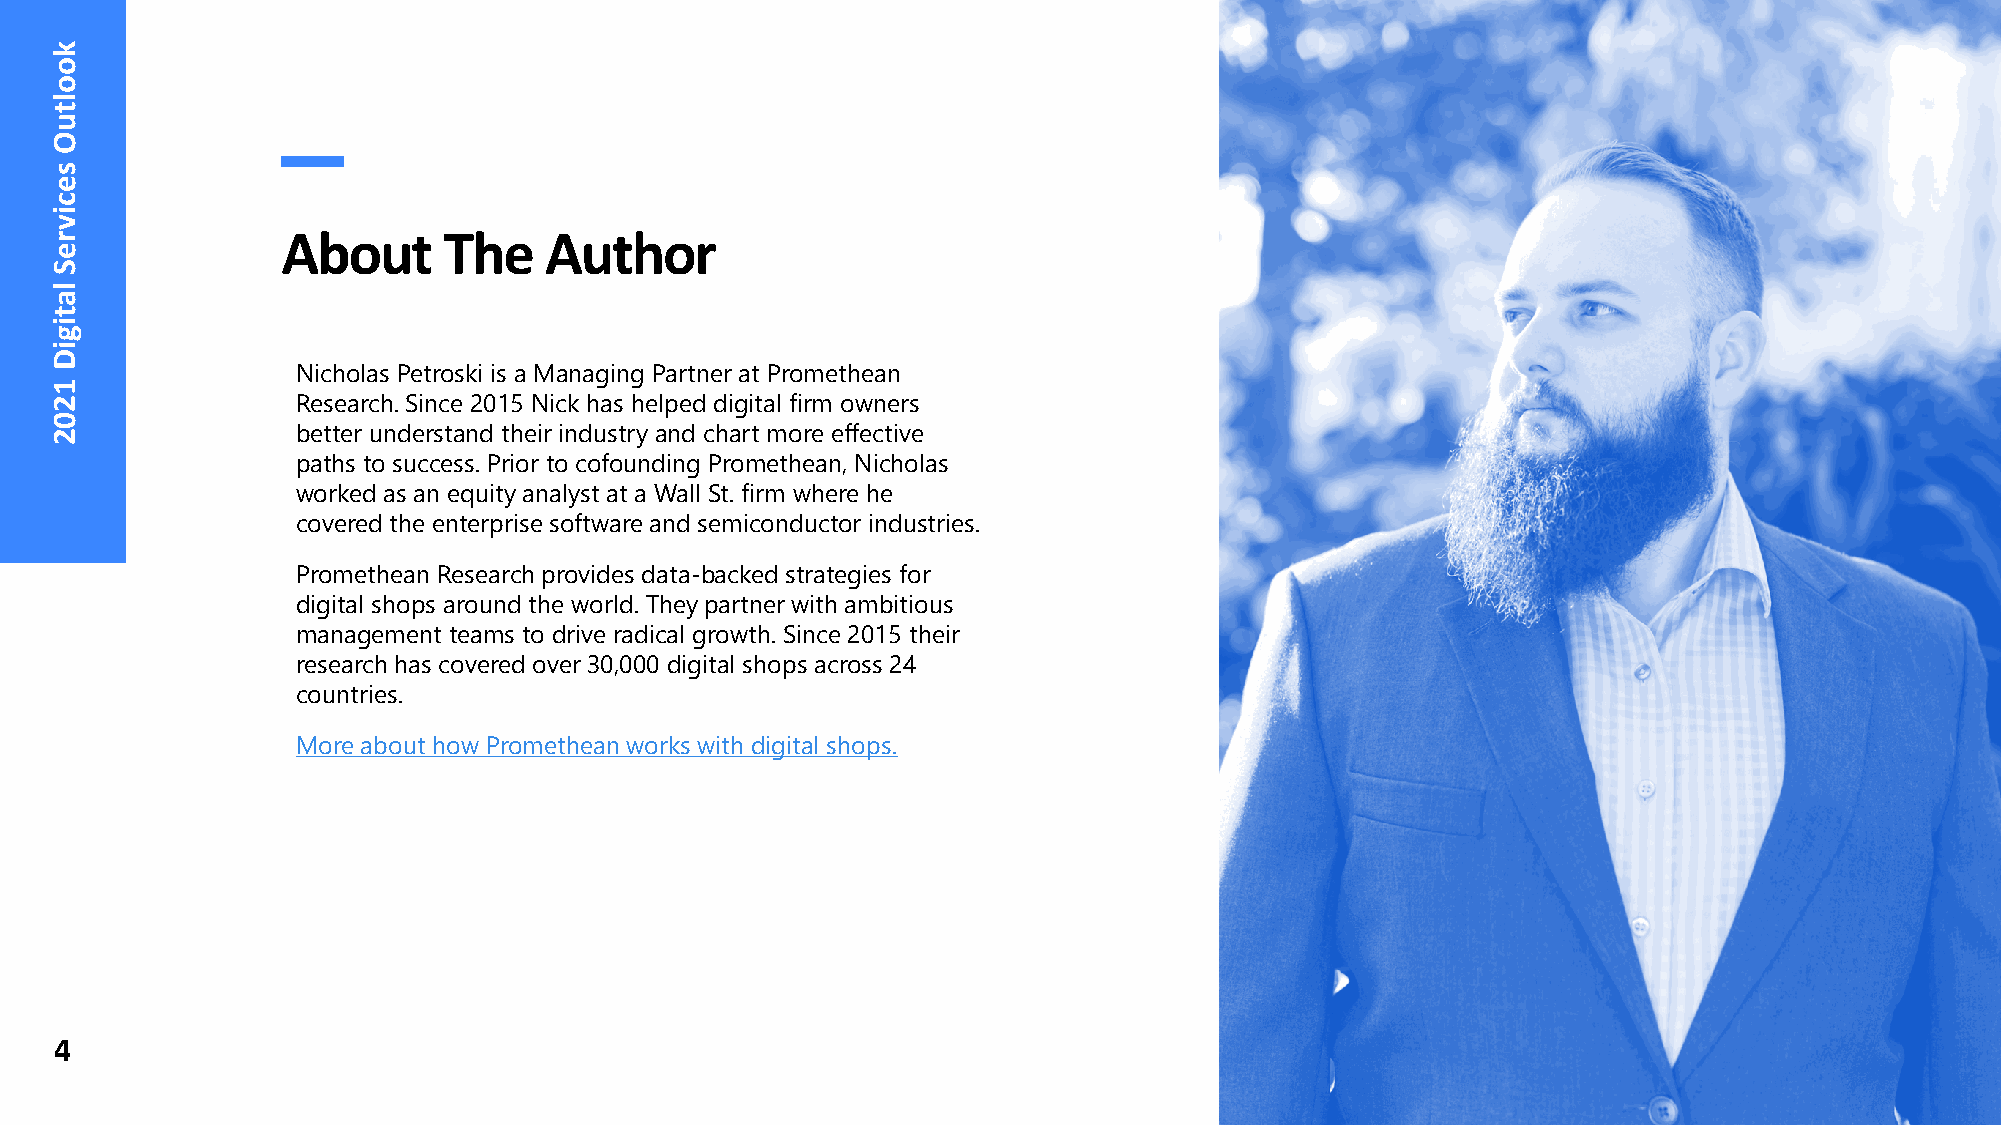
About     The    Author
 Nicholas Petroski is a Managing Partner at Promethean
 Research. Since 2015 Nick has helped digital firm owners
 better understand their industry and chart more effective
 paths to success. Prior to cofounding Promethean, Nicholas
 worked as an equity analyst at a Wall St. firm where he
 covered the enterprise software and semiconductor industries.
 Promethean Research provides data-backed strategies for
 digital shops around the world. They partner with ambitious
 management teams to drive radical growth. Since 2015 their
 research has covered over 30,000 digital shops across 24
 countries.
 More about how Promethean works with digital shops.
 4
 kooltuO
 secivreS
 latigiD
 1202